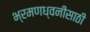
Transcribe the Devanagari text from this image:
भ्रमणध्वनींसाठी